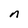
Character: n